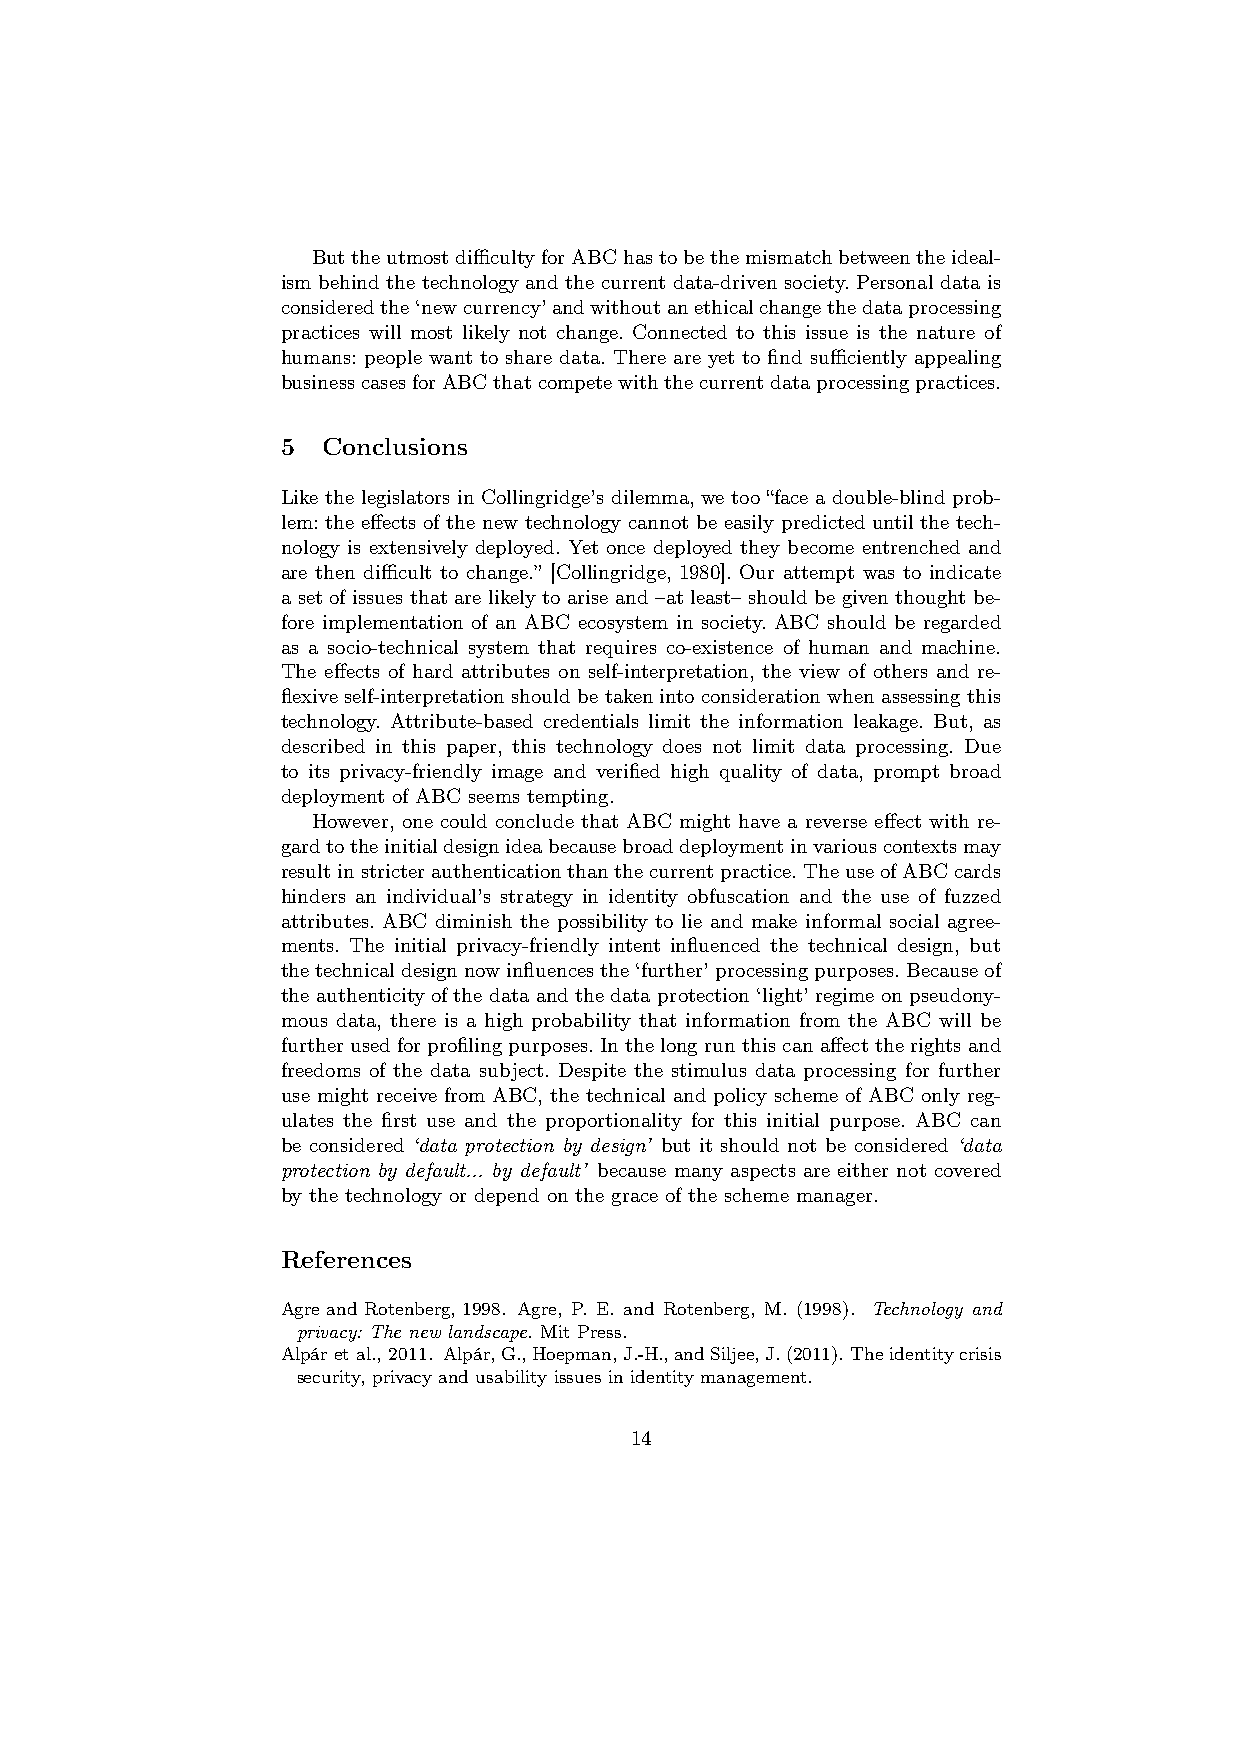
ButtheutmostdifficultyforABChastobethemismatchbetweentheideal-
 ism behind the technology and the current data-driven society. Personal data is
 consideredthe‘newcurrency’andwithoutanethicalchangethedataprocessing
 practices will most likely not change. Connected to this issue is the nature of
 humans: people want to share data. There are yet to find sufficiently appealing
 businesscasesforABCthatcompetewiththecurrentdataprocessingpractices.
 5 Conclusions
 Like the legislators in Collingridge’s dilemma, we too “face a double-blind prob-
 lem: the effects of the new technology cannot be easily predicted until the tech-
 nology is extensively deployed. Yet once deployed they become entrenched and
 are then difficult to change.” [Collingridge, 1980]. Our attempt was to indicate
 a set of issues that are likely to arise and –at least– should be given thought be-
 fore implementation of an ABC ecosystem in society. ABC should be regarded
 as a socio-technical system that requires co-existence of human and machine.
 The effects of hard attributes on self-interpretation, the view of others and re-
 flexiveself-interpretationshouldbetakenintoconsiderationwhenassessingthis
 technology. Attribute-based credentials limit the information leakage. But, as
 described in this paper, this technology does not limit data processing. Due
 to its privacy-friendly image and verified high quality of data, prompt broad
 deployment of ABC seems tempting.
 However, one could conclude that ABC might have a reverse effect with re-
 gardtotheinitialdesignideabecausebroaddeploymentinvariouscontextsmay
 resultinstricterauthenticationthanthecurrentpractice.TheuseofABCcards
 hinders an individual’s strategy in identity obfuscation and the use of fuzzed
 attributes. ABC diminish the possibility to lie and make informal social agree-
 ments. The initial privacy-friendly intent influenced the technical design, but
 thetechnicaldesignnowinfluencesthe‘further’processingpurposes.Becauseof
 the authenticity of the data and the data protection ‘light’ regime on pseudony-
 mous data, there is a high probability that information from the ABC will be
 further used for profiling purposes. In the long run this can affect the rights and
 freedoms of the data subject. Despite the stimulus data processing for further
 use might receive from ABC, the technical and policy scheme of ABC only reg-
 ulates the first use and the proportionality for this initial purpose. ABC can
 be considered ‘data protection by design’ but it should not be considered ‘data
 protection by default... by default’ because many aspects are either not covered
 by the technology or depend on the grace of the scheme manager.
 References
 Agre and Rotenberg, 1998. Agre, P. E. and Rotenberg, M. (1998). Technology and
 privacy: The new landscape. Mit Press.
 Alpár et al., 2011. Alpár,G.,Hoepman,J.-H.,andSiljee,J.(2011). Theidentitycrisis
 security, privacy and usability issues in identity management.
 14